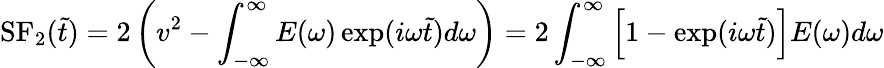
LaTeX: \mathrm{SF}_{2}(\tilde{t})=2\left(v^{2}-\int_{-\infty}^{\infty}E(\omega)\exp({i\omega\tilde{t}})d\omega\right)=2\int_{-\infty}^{\infty}\left[1-\exp({i\omega\tilde{t}})\right]E(\omega)d\omega